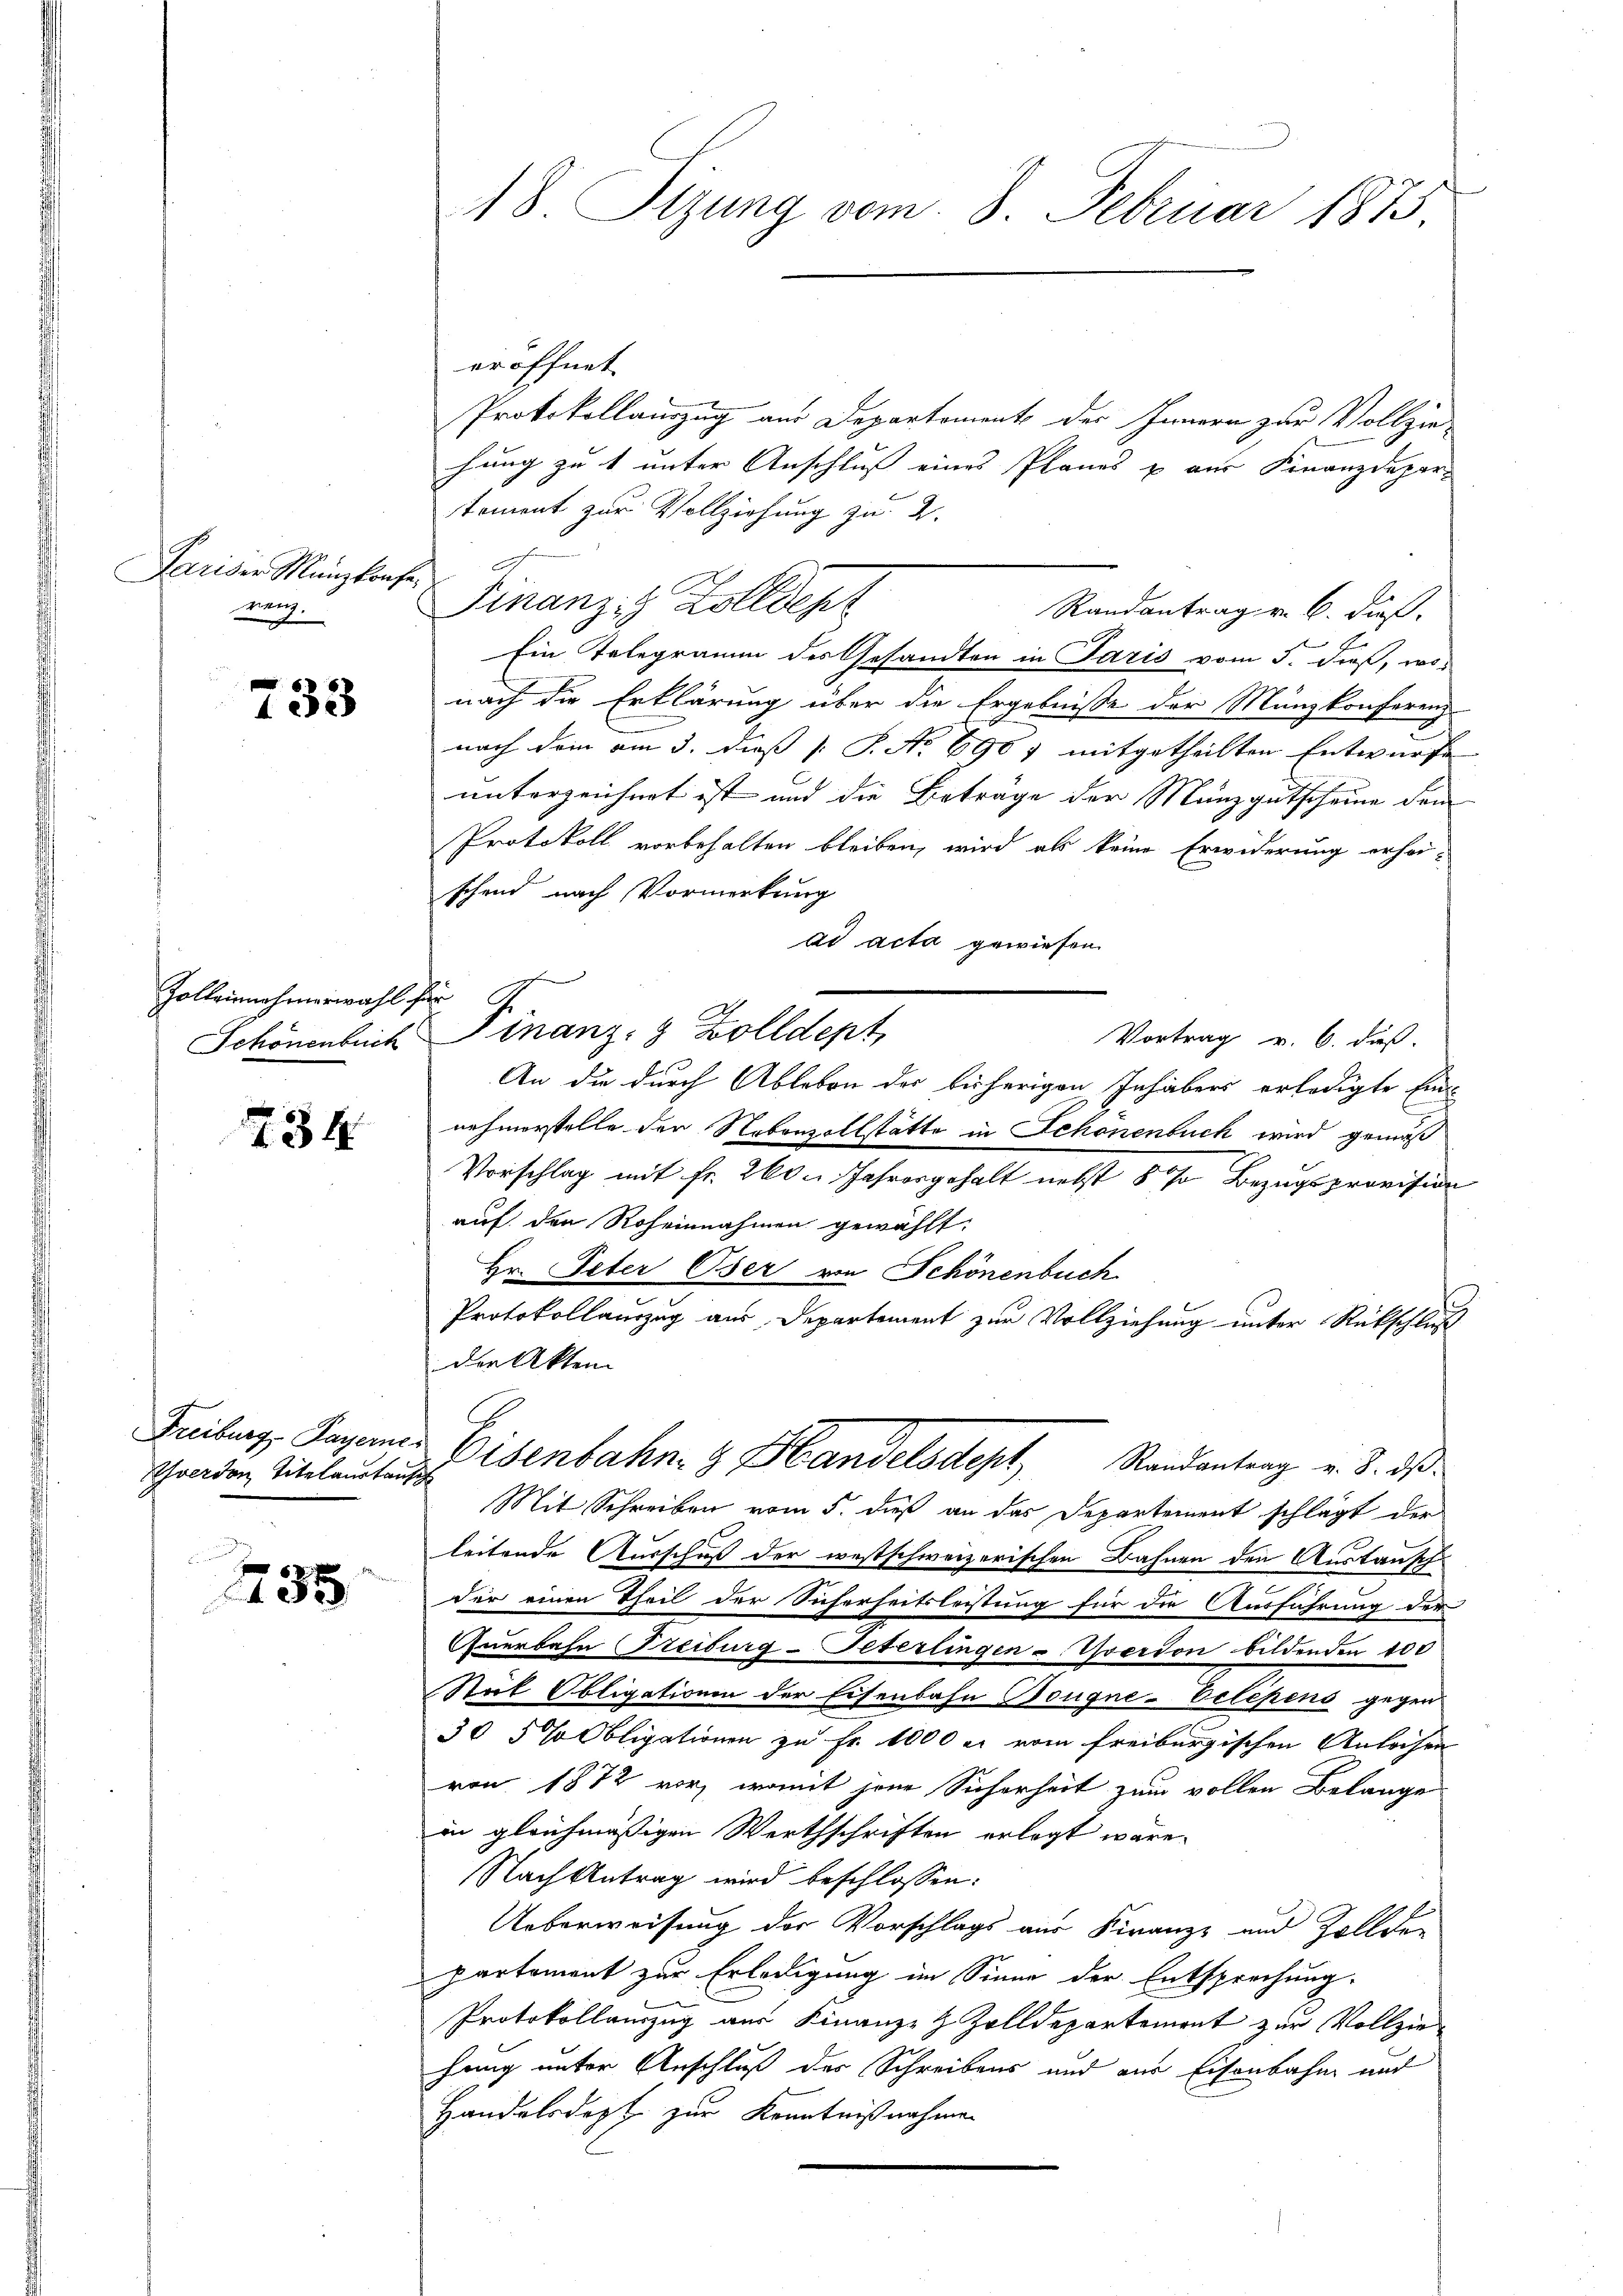
Pariser Manzkonferenz.

733

Zolleinnahmerwahl
Schönenbrich

234.

Freiburg, Payerne
hverden Titelaustanz

.
 85

18. Sizung vom 8. Februar 1873

eröffnet
Protokollauszug aus Departoment der Innern zur Vollzie-
hung zu t unter Anschluß eines Planes & aus Finanzdepartoment zur Vollziehung zu 2.
Finanz- Zolldept
Randantrag v. 6. dieß
Ein Telegramm des Gesandten in Paris vom 5. dieß, wonach die Erklärung über die Ergebnisse der Münzkonferenz
nach dem am 3. dieß [S. No 690 7 mitgetheilten Entwurfe
unterzeichnet ist und die Beträge der Manzgutscheine den
Protokoll vorbehalten bleiben, wird als keine Erwiderung erhör-
schend nach Vormerkung
ad acta gewiesen.
f
Finanz- & Zolldept,
Vortrag v. 6. daß
An die durch Ableben der bisherigen Inhabers erledigte Ein
nehmerstelle der Nebenvollstätte in Schönenbuch wird gemäß
Vorschlag mit Fr. 260. Jahresgehalt nebst § 70 Bezugsprovision
auf den Roheinnahmen gewählt.
Hr. Peter Oser von Schönenbuch
Protokollanzug aus Departement zur Vollziehung unter Rückschluß
der Akten
Eisenbahn z. Handelsdept, Randantrag v. 3. ds
Mit Schreiben vom 5. dieß an das Departement schlägt der
leitende Ausschuß der westschweizerischen Bahnen den Austausch
der einen Theil der Sicherheitsleistung für die Ausführung der
Querbahn (Freiburg-Peterlingen-Yverdon bildenden 100
Stuk Obligationen der Eisenbahn Bougne-Telepens gegen
30 5 % Obligationen zu Fr. 1000 er vom freiburgischen Anleihen
von 1872 vor, womit jene Sicherheit zum vollen Belange
in gleichmäßigen Werthschriften erlegt wäre.
Nach Antrag wird beschlossen:
Ueberweisung der Vorschlags aus Franze und Zollden
partement zur Erledigung im Sinne der Entsprechung.
Protokollauszug aus Finanze Zolldepartement zur Vollziehang unter Anschluß des Schreibens und aus Eisenbahn und
Handelsdept zur Kenntnißnahmen